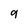
Character: g